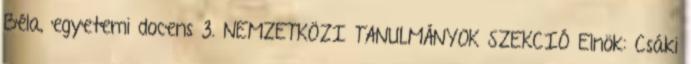
Béla, egyetemi docens 3. NEMZETKÖZI TANULMÁNYOK SZEKCIÓ Elnök: Csáki